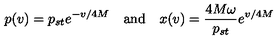
p ( v ) = p _ { s t } e ^ { - v / 4 M } \quad \mathrm { a n d } \quad x ( v ) = { \frac { 4 M \omega } { p _ { s t } } } e ^ { v / 4 M }